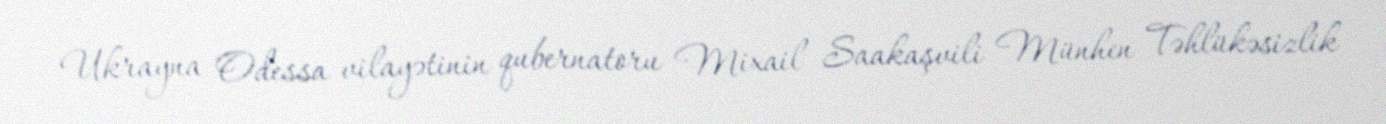
Ukrayna Odessa vilayətinin qubernatoru Mixail Saakaşvili Münhen Təhlükəsizlik